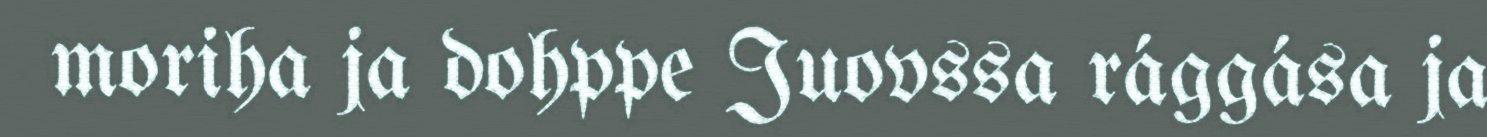
moriha ja dohppe Juovssa rággása ja